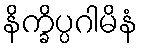
နိက္ခိပ္ပဂါမိနံ